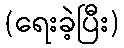
(ရေးခဲ့ပြီး)